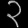
Digit: ၃